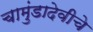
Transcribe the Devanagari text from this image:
चामुंडादेवीचे